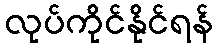
လုပ်ကိုင်နိုင်ရန်